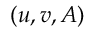
( u , v , A )